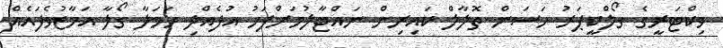
ވިކްޓަރީގެ ގޯލްކީޕަރު ހަސަން ތޮލާލް ކައިރިން ނައްޓާލުމަށްފަހު އުފެއްދި ހަމަލާ ގޯލާ އަމާޒުވެފައެއް